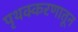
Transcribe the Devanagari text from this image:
पृथक्करणातून